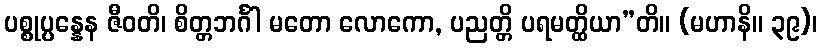
ပစ္စုပ္ပန္နေန ဇီဝတိ၊ စိတ္တဘင်္ဂါ မတော လောကော, ပညတ္တိ ပရမတ္ထိယာ”တိ။ (မဟာနိ။ ၃၉)၊